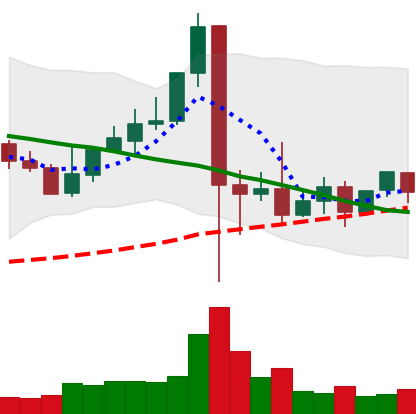
Ticker: XLM-USD
Chart end date: 2021-09-16
Forward return: -19.446%
Label: down_7plus